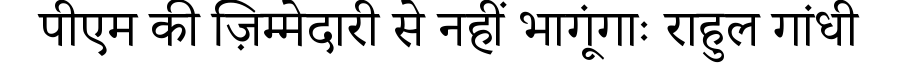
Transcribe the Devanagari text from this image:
पीएम की ज़िम्मेदारी से नहीं भागूंगाः राहुल गांधी